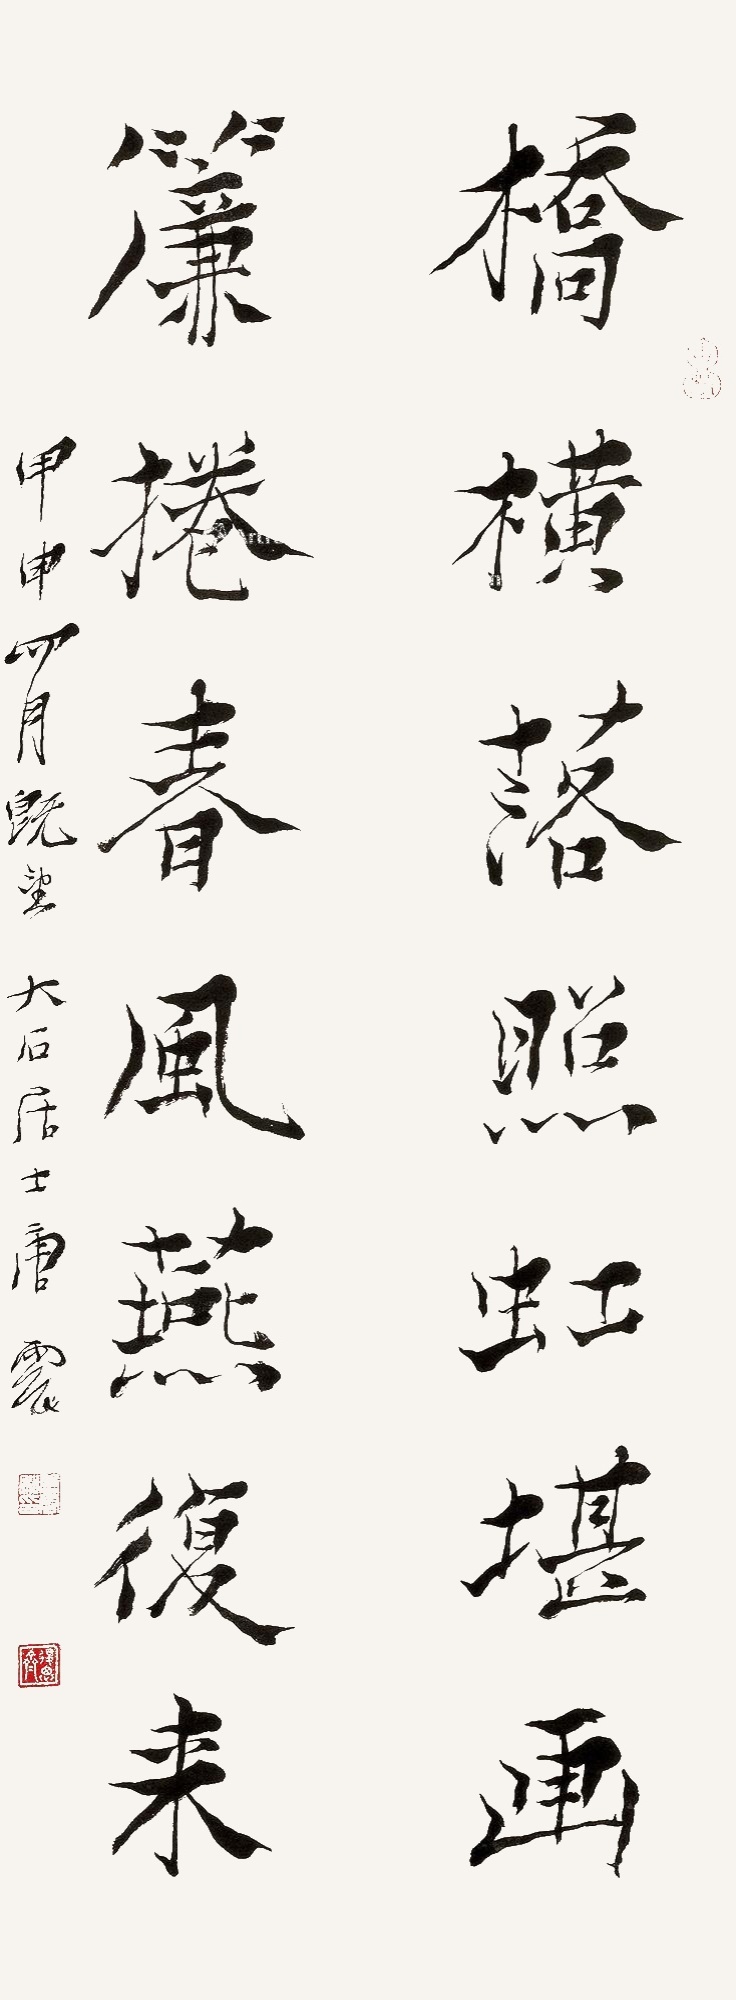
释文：桥横落照虹堪画，帘卷春风燕复来。甲申四月既望，大石居士唐云。